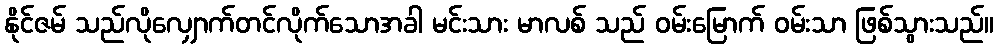
နိုင်ဇမ် သည်လိုလျှောက်တင်လိုက်သောအခါ မင်းသား မာလစ် သည် ဝမ်းမြောက် ဝမ်းသာ ဖြစ်သွားသည်။